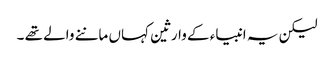
لیکن یہ انبیاء کے وارثین کہاں ماننے والے تھے ۔